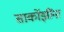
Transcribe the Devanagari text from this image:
सार्कोझींना